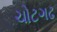
ચોટગઢ